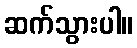
ဆက်သွားပါ။